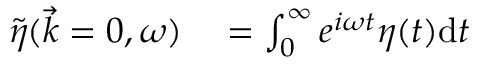
\begin{array} { r l } { \Tilde { \eta } ( \Vec { k } = 0 , \omega ) } & { { } = \int _ { 0 } ^ { \infty } e ^ { i \omega t } \eta ( t ) \mathrm { d } t } \end{array}